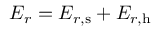
E _ { r } = \ensuremath { E _ { r , \mathrm { s } } } + \ensuremath { E _ { r , \mathrm { h } } }